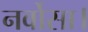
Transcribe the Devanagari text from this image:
नर्वोसा।